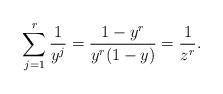
LaTeX: \begin{align*} \sum_{j=1}^r \frac{1}{y^j}=\frac{1-y^r}{y^r(1-y)}=\frac{1}{z^{r}}.\end{align*}